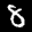
Label: 8